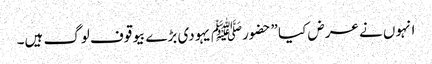
انہوں نے عرض کیا ”حضورﷺ یہودی بڑے بیوقوف لوگ ہیں۔